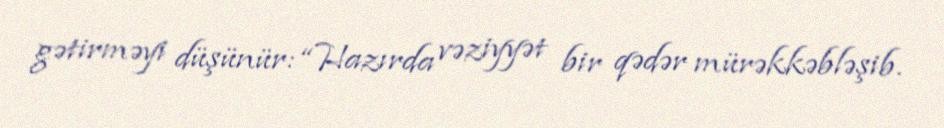
gətirməyi düşünür: “Hazırda vəziyyət bir qədər mürəkkəbləşib.